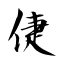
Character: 倢